Annual statistical returns and brief notes on vaccination in Bengal - 1896-1909
Year: 1896
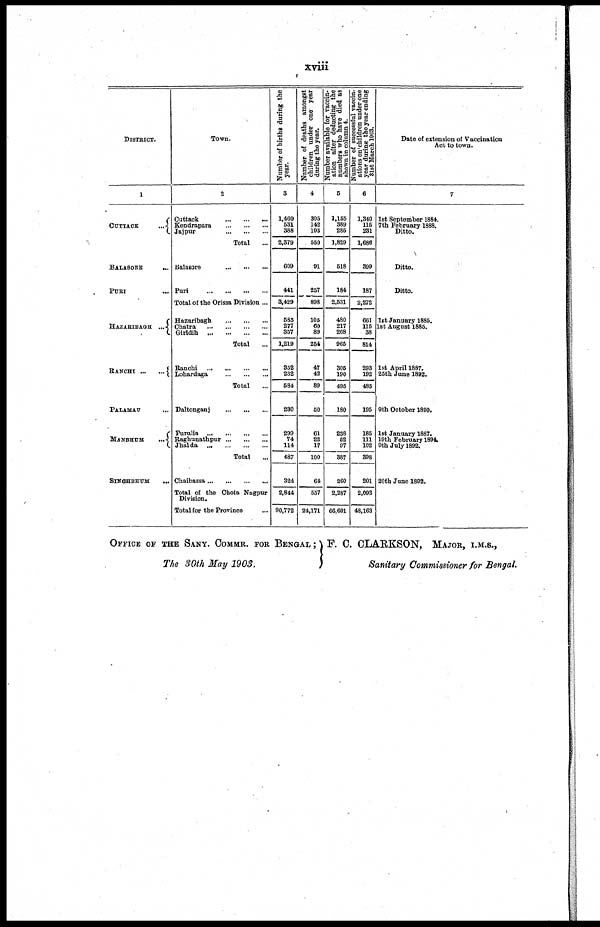
xviii
DISTRICT.
1
CUTTACK
...
BALASORE ...
PURI ...
HAZARIBAGH ...
RANCHI
...
...
PALAMAU ...
MANBHUM
...
SINGHBHUM
...
Town.
2
Cuttack
...
...
...
Kendrapara
...
...
...
Jaipur
...
...
...
Total ...
Balasore
...
...
...
Puri
...
...
...
...
Total of the Orissa Division ...
Hazaribagh
...
...
...
Ghatra
...
...
...
...
Giridih
...
...
...
...
Total ...
Ranchi
...
...
...
...
Lohardaga
...
...
...
Total ...
Daltonganj
...
...
...
Purulia
...
...
...
...
Raghunathpur ... ... ...
Jhalda
...
...
...
...
Total ...
Ghaibassa ... ... ... ...
Total of the Chota Nagpur
Division.
Total for the Province ...
Number of births during the
year.
3
1,460
531
388
2,379
609
441
3,429
585
277
357
1,219
352
232
584
230
299
74
114
487
324
2,844
90,772
Number of deaths amongst
children under one year
during the year.
4
305
142
103
550
91
257
898
105
60
89
254
47
42
89
50
61
22
17
100
64
557
24,171
Number available for vaccin-
ation after deducting the
numbers who have died as
shown in column 4.
5
1,155
389
285
1,829
518
184
2,531
480
217
268
965
305
190
495
180
238
52
97
387
260
2,287
66,601
Number of successful vaccin-
ations on children under one
year during the year ending
31st March 1903.
6
1,340
115
231
1,686
399
187
2,272
661
115
38
814
293
192
485
195
185
111
102
398
201
2,093
48,163
Date of extension of Vaccination
Act to town.
7
1st September 1884.
7th February 1888.
Ditto.
Ditto.
Ditto.
1st January 1885.
1st August 1885.
1st April 1887.
25th June 1892.
9th October 1890.
1st January 1887.
19th February 1894.
9th July 1892.
20th June 1892.
OFFICE OF THE SANY. COMMR. FOR BENGAL;
The 30th May 1903.
F. C. CLARKSON, MAJOR, I.M.S.,
Sanitary Commissioner for Bengal.